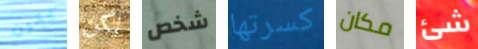
يكون لكن شخص كسرتها مكان شئ